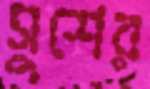
সুশের